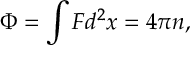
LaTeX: \Phi = \int F d ^ { 2 } x = 4 \pi n ,